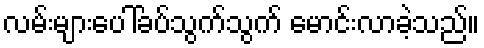
လမ်းများပေါ်ခပ်သွက်သွက် မောင်းလာခဲ့သည်။